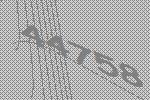
44758